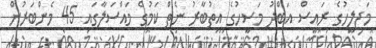
މަޖިލީހުގެ ރައީސް އަބްދު މަސީހުގެ އިތުބާރު ނެތް ކަމުގެ މައްސަލާގައި 45 މެންބަރުން